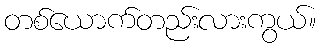
တစ်ယောက်တည်းလားကွယ်။